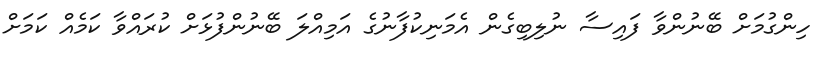
ހިންގުމަށް ބޭނުންވާ ފައިސާ ނުލިބިގެން އެމަނިކުފާނުގެ އަމިއްލަ ބޭނުންފުޅަށް ކުރައްވާ ކަމެއް ކަމަށް